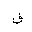
Letter: _fa